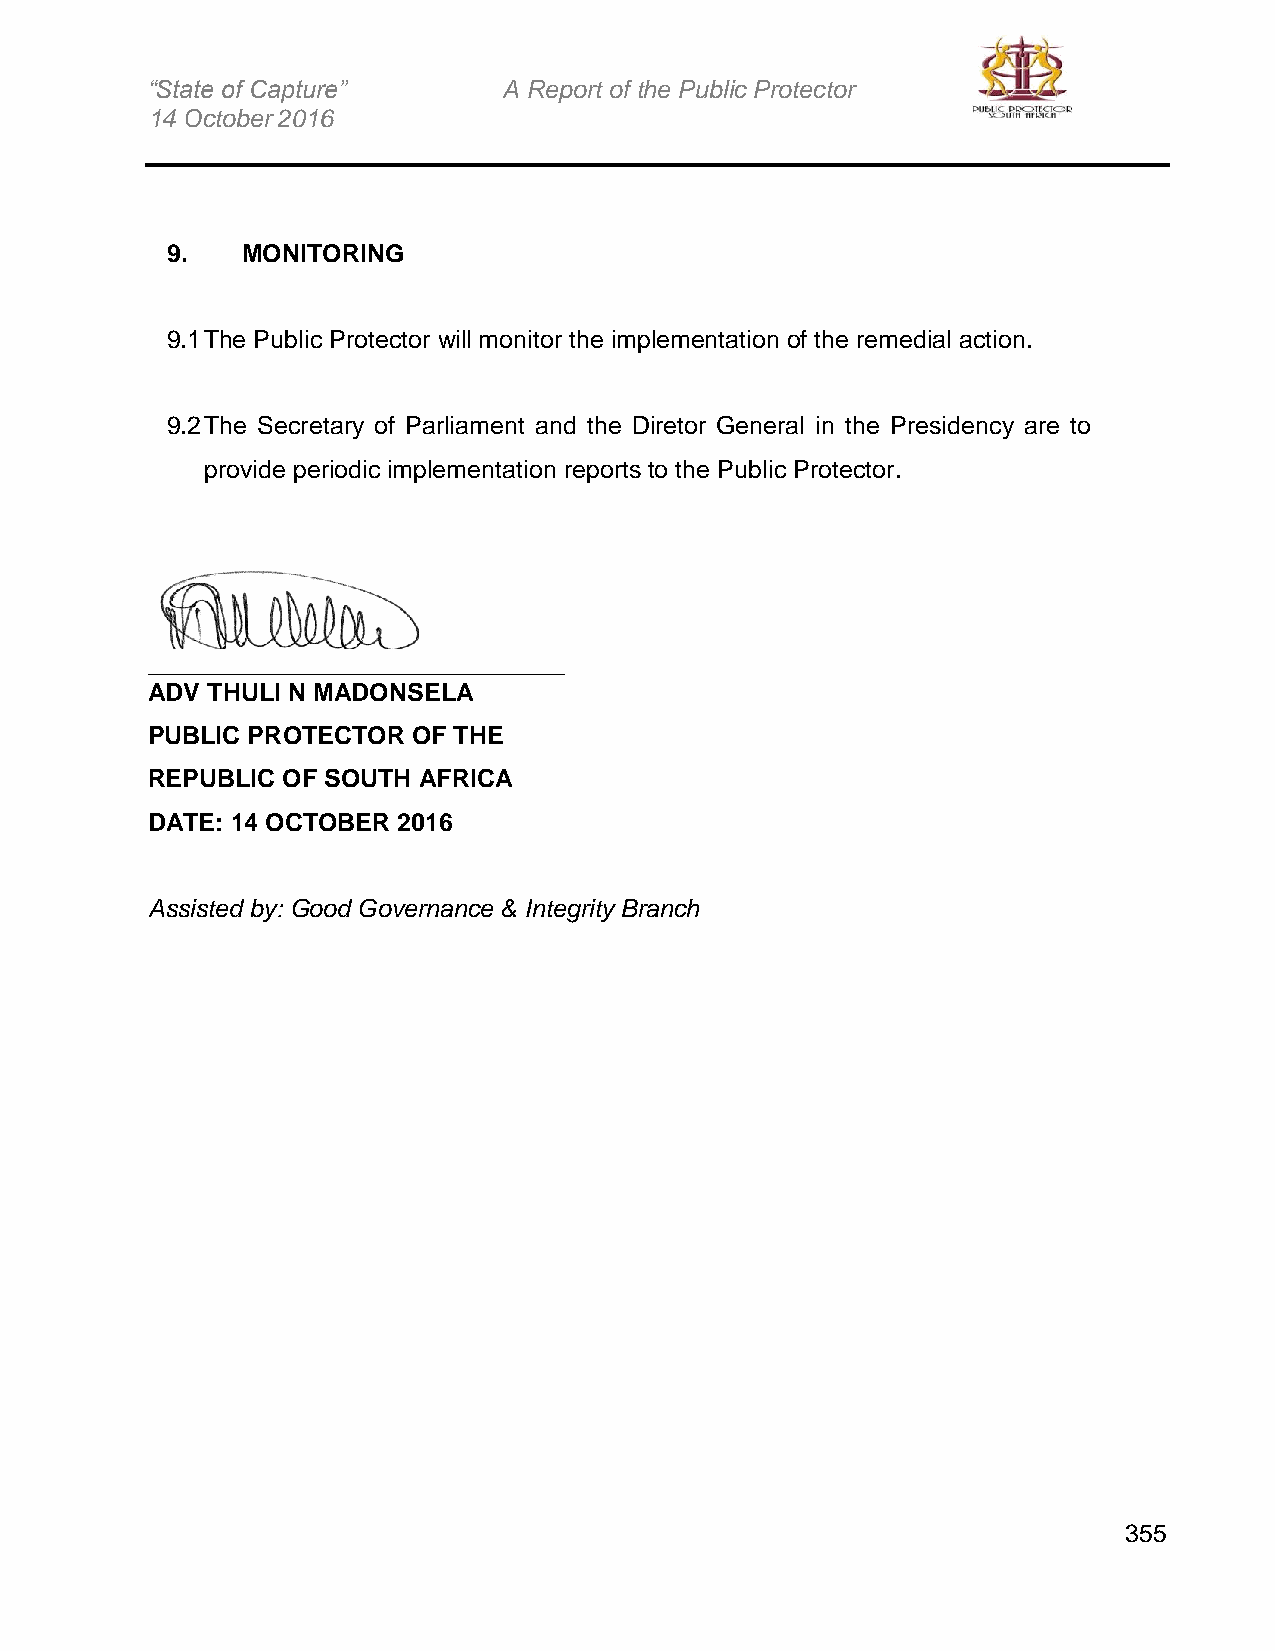
“State of Capture”     A Report of the Public Protector
 14 October 2016
 9.   MONITORING
 9.1 The Public Protector will monitor the implementation of the remedial action.
 9.2 The Secretary of Parliament and the Diretor General in the Presidency are to
 provide periodic implementation reports to the Public Protector.
 ______________________________
 ADV THULI N MADONSELA
 PUBLIC PROTECTOR OF THE
 REPUBLIC OF SOUTH AFRICA
 DATE: 14 OCTOBER 2016
 Assisted by: Good Governance & Integrity Branch
 355